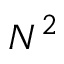
N ^ { 2 }